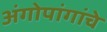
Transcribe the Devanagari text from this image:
अंगोपांगांचे